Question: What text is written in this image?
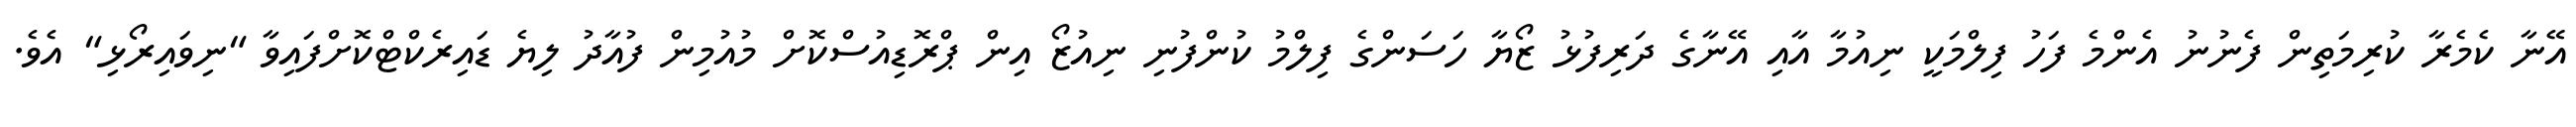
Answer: އޭނާ ކެމެރާ ކުރިމަތިން ފެނުނު އެންމެ ފަހު ފިލްމަކީ ނިއުމާ އާއި އޭނާގެ ދަރިފުޅު ޒޯޔާ ހަސަންގެ ފިލްމު ކުންފުނި ނިއުޒޯ އިން ޕްރޮޑިއުސްކޮށް މުއުމިން ފުއާދު ލިޔެ ޑައިރެކްޓްކޮށްފައިވާ "ނިވައިރޯޅި" އެވެ.